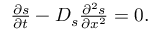
\begin{array} { r } { \frac { \partial s } { \partial t } - D _ { s } \frac { \partial ^ { 2 } s } { \partial x ^ { 2 } } = 0 . } \end{array}